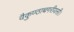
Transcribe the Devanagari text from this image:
वैकुण्ठाच्चगरीयसी।